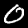
Digit: 0